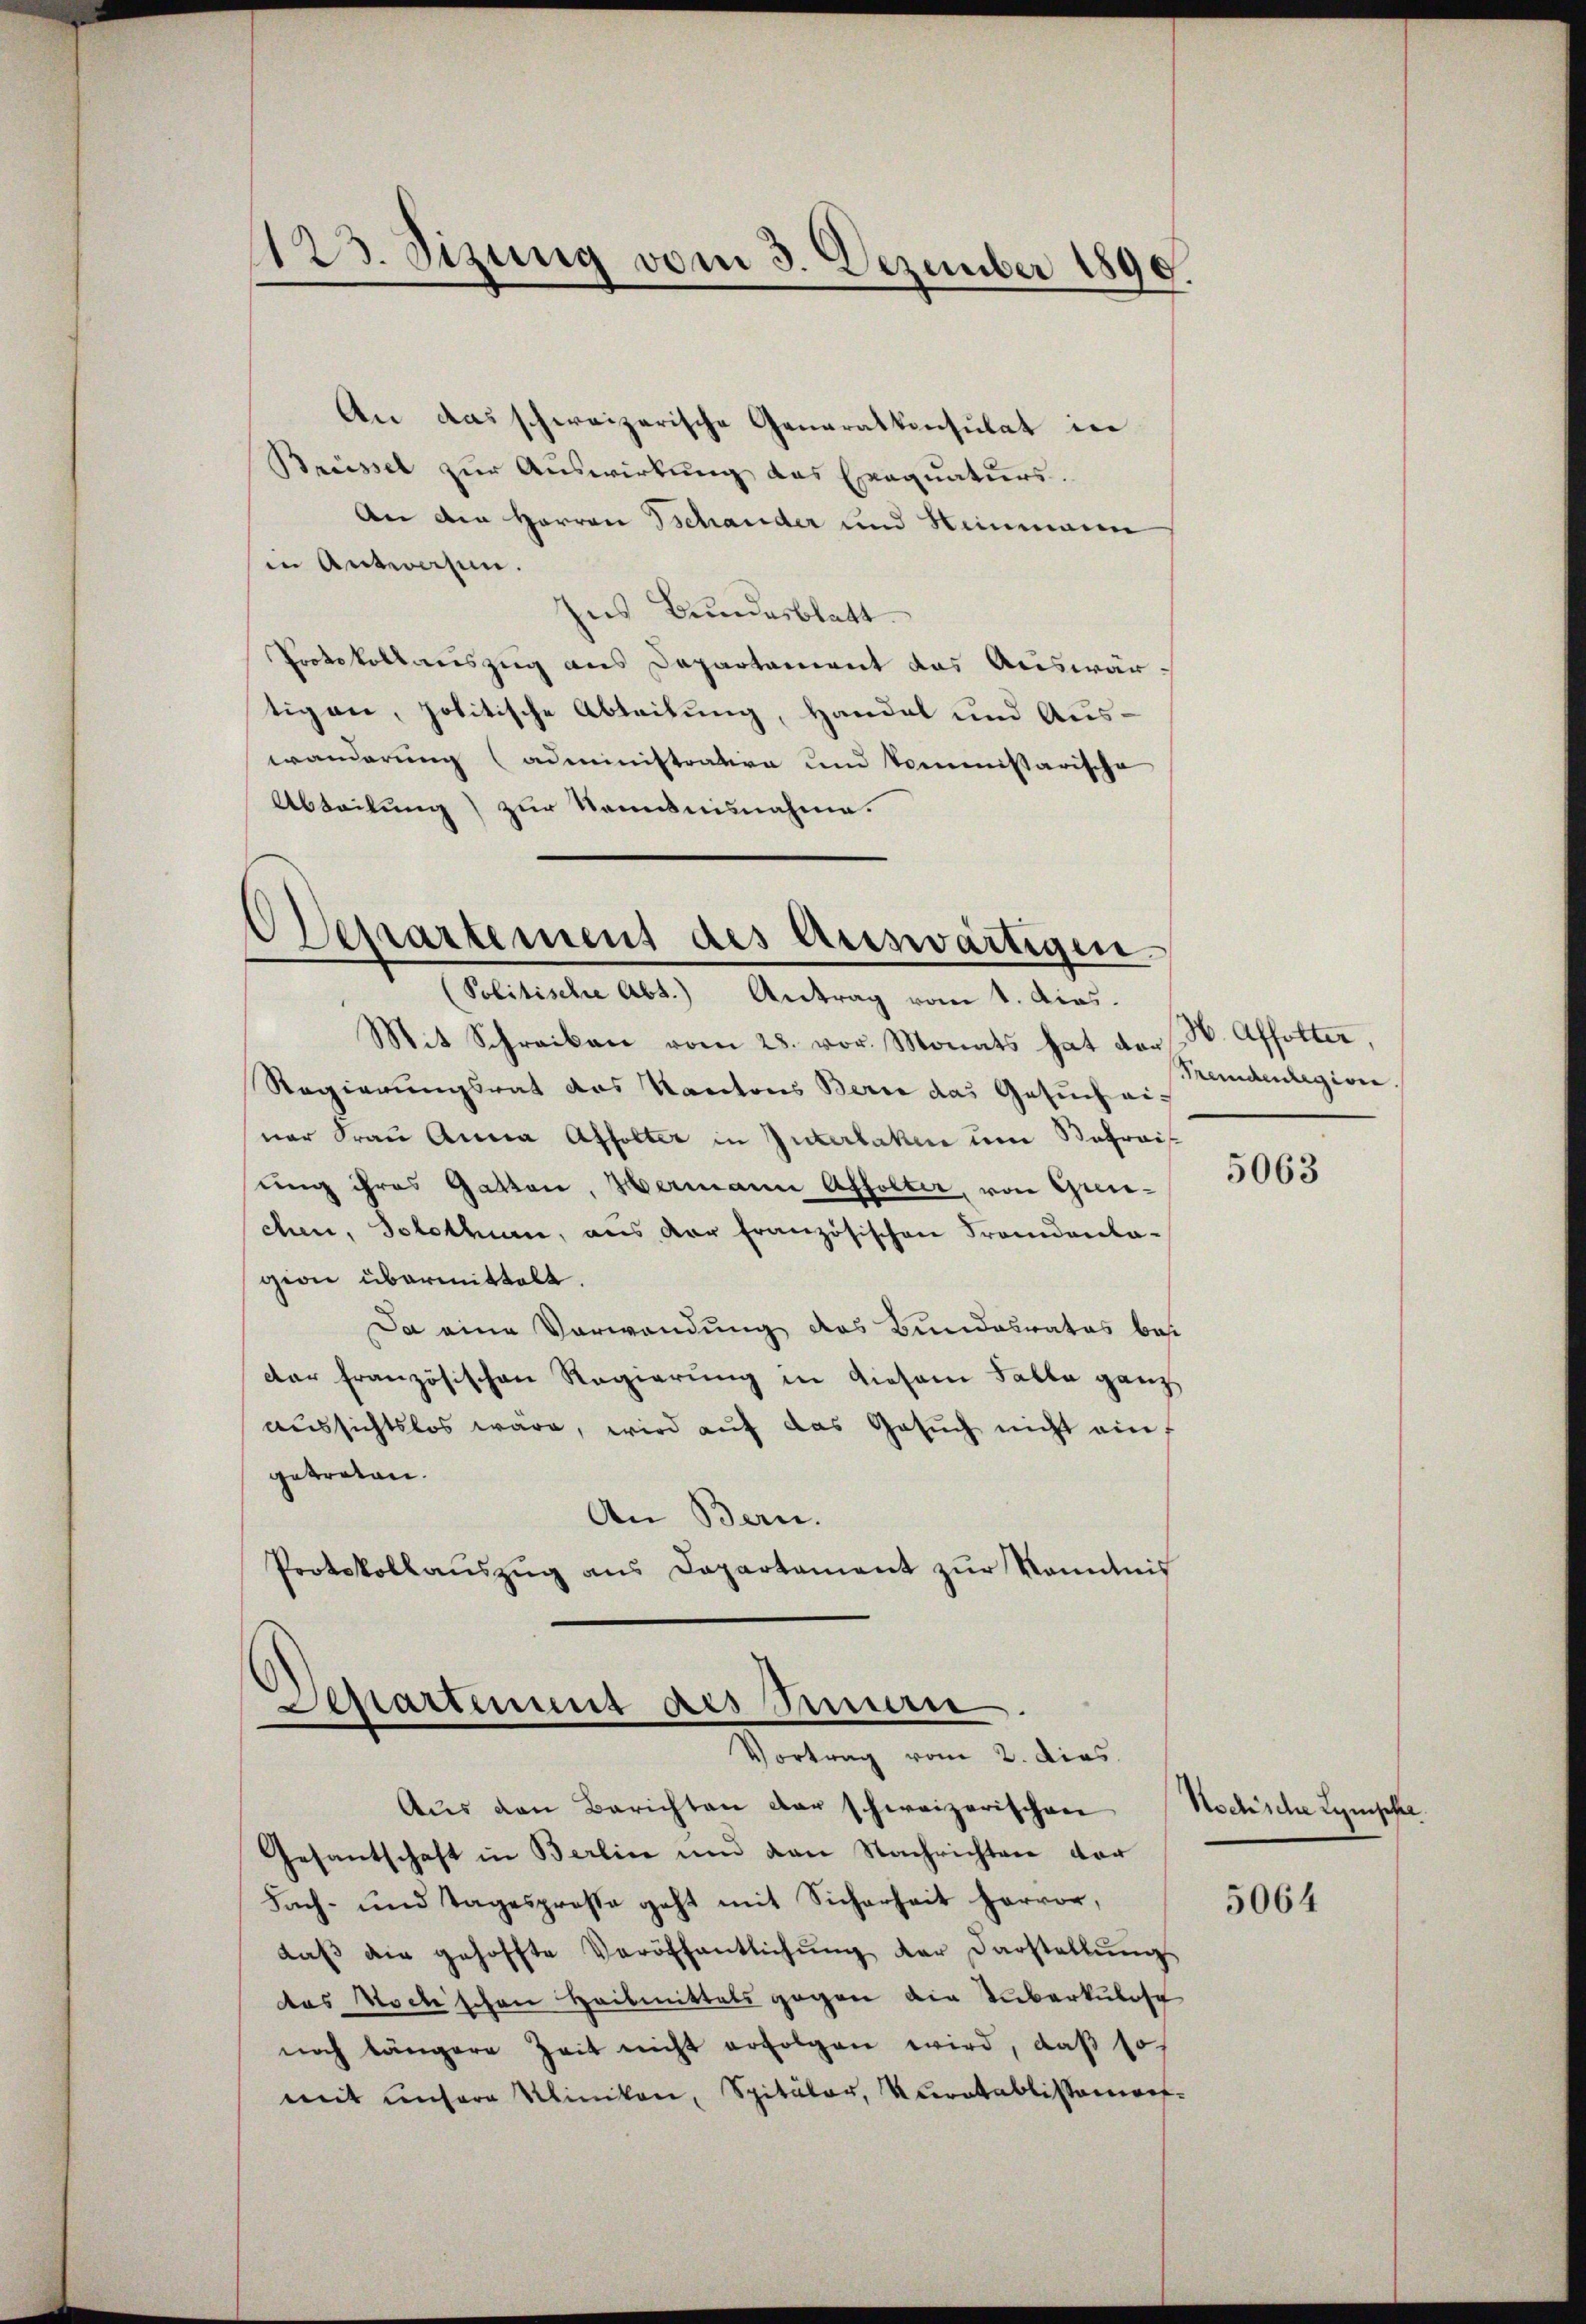
123. Sizung vom 3. Dezember 1890.

Departement des Auswärtigen.
Politische Abt.) Antrag vom 1. dies.

An das schweizerische Generalkonsulat in
Brüssel zur Auswirkung des Exequaturs.
An den Herren Schander und Stimmenen
in Antworfen.
ius Bundesblatt
Protokollauszug aus Departament das Auswärtigen, politische Abteilung, Handel und Aus-
wanderung (administrative und kommissarische
Abteilung) zur Nominisnahme.

Mit Schreiben vom 28. vor. Monats hat von
Regierungsrat das Kantons Berne das Gesuch einer Frau Anna Affolter in Interlaken um Safraisung ihres Gatten, Hermann Affolter, von Greichen, Solothurn, aus der französischen Frandanta-
gion übermittelt.
Da eine Verwendung des Bundesrates bes
der französischen Regierung in diesem Falle ganz
aussichtslos wäre, wird auf das Gesŭch nicht ein
getreten.
An Bern.
Protokollaŭszŭg ans Departament zŭr Kenntnis

Separtement als Sinnen.
Vortrag vom 2. dies

H. Affolter,
Memdenlegion

Aus den Berichten der schweizerischen
Gesantschaft in Berlin und von Nachrichten vor
Fach- und Tagesprose geht mit Sicherheit hervor,
daβ die gehoffte Veröffentlichŭng der Darstellŭngs-
das Hochschen Heismittels gegen die Tuberkulosch
noch längere Zeit nicht erfolgen wird, daß so
mit unsere Klinikon, Spitäler, Kuratablissemen¬

5063

Kochische Lymphe.

5064